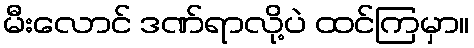
မီးလောင် ဒဏ်ရာလို့ပဲ ထင်ကြမှာ။